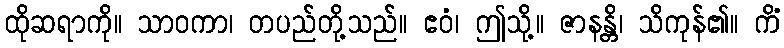
ထိုဆရာကို။ သာဝကာ၊ တပည်တို့သည်။ ဧဝံ၊ ဤသို့။ ဇာနန္တိ၊ သိကုန်၏။ ကိံ